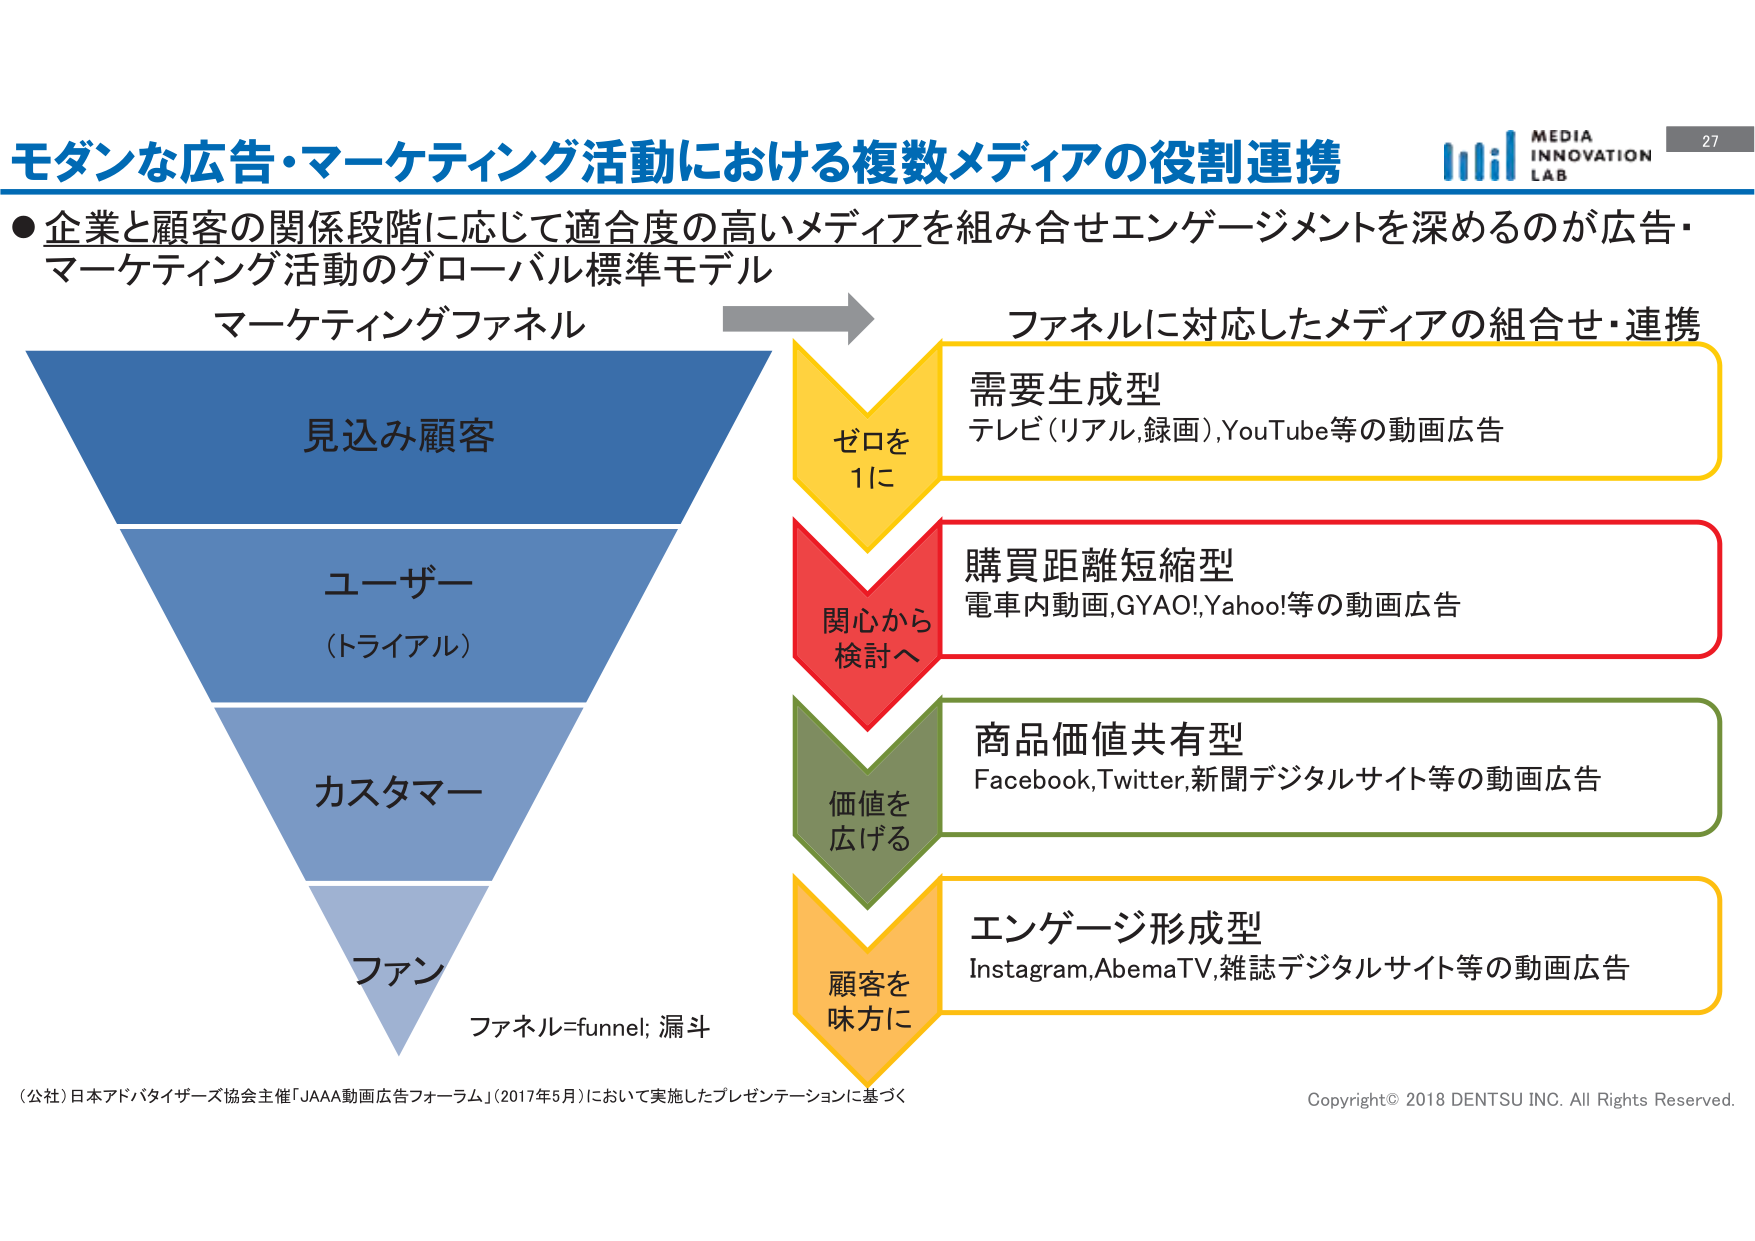
モダンな広告・マーケティング活動における複数メディアの役割連携

●企業と顧客の関係段階に応じて適合度の高いメディアを組み合わせエンゲージメントを深めるのが広告・マーケティング活動のグローバル標準モデル

マーケティングファネル

見込み顧客

ユーザー
（トライアル）

カスタマー

ファン

ファネル=funnel; 漏斗

ファネルに対応したメディアの組合せ・連携

需要生成型
テレビ（リアル,録画）,YouTube等の動画広告

購買距離短縮型
電車内動画,GYAO!,Yahoo!等の動画広告

商品価値共有型
Facebook,Twitter,新聞デジタルサイト等の動画広告

エンゲージ形成型
Instagram,AbemaTV,雑誌デジタルサイト等の動画広告

ゼロを
1に

関心から
検討へ

価値を
広げる

顧客を
味方に

（公社）日本アドバタイザーズ協会主催「JAAA動画広告フォーラム」（2017年5月）において実施したプレゼンテーションに基づく

Copyright© 2018 DENTSU INC. All Rights Reserved.

MEDIA
INNOVATION
LAB

27